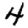
Digit: 4